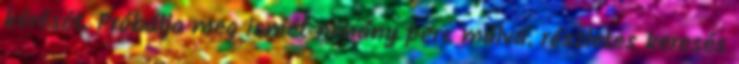
kérését. Próbálja meg ismét néhány perc múlva. részletes keresés